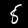
Label: 8